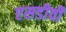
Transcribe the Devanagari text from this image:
एसडीवी